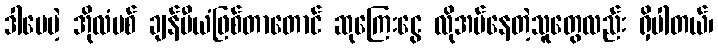
ဒါပေမဲ့ အိုလံပစ် ချန်ပီယံဖြစ်တာတောင် ဆုကြေးငွေ လိုအပ်နေတဲ့သူတွေလည်း ရှိပါတယ်၊